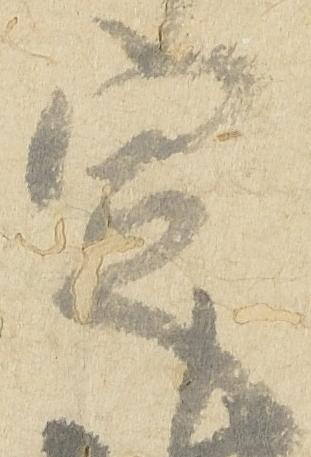
定